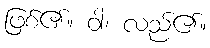
ဖြစ်၏။ ဝါ၊ လည်၏။